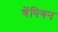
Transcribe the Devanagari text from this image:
चेंपियन